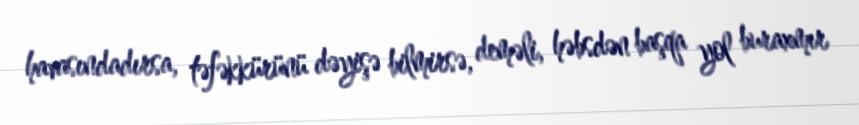
havasındadırsa, təfəkkürünü dəyişə bilmirsə, deməli, həbsdən başqa yol buraxmır